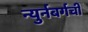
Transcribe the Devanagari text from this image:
न्युर्नबर्गची